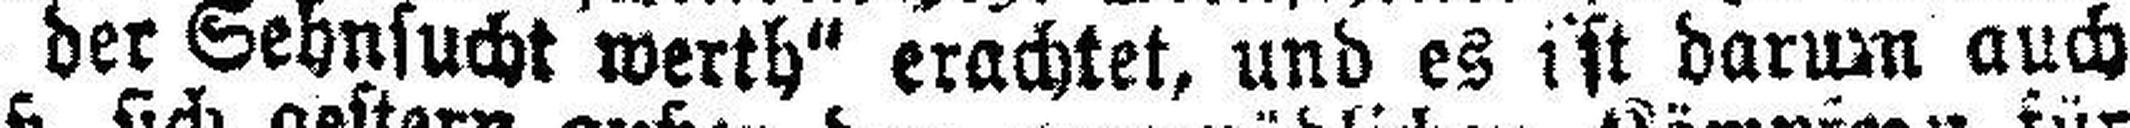
für kein „Los der Sehnsucht werth“ erachtet, und es ist darum auch